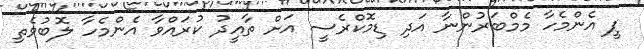
ޕީ އެންމެހާ މެމްބަރުންނާ އަދި ޑިމޮކްރެސީ އަށް ތާއީދު ކުރައްވާ އެންމެހާ ލޮބުވެތި